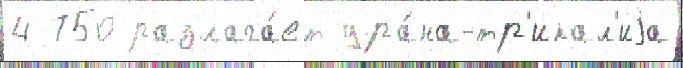
4 750 разлага́ет ура́на-тр'икал'иjа